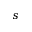
s